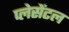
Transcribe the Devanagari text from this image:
प्लेसेंटल